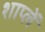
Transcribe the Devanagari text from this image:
शाप्लें